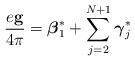
LaTeX: \begin{align*}\frac{e{\bf g}}{4\pi}= {\mbox{\boldmath $\beta$}}_1^*+\sum_{j=2}^{N+1}{\mbox{\boldmath $\gamma$}}_j^*\end{align*}